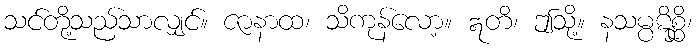
သင်တို့သည်သာလျှင်။ ဇာနာထ၊ သိကုန်လော့။ ဣတိ၊ ဤသို့။ နသမ္ပဋိစ္ဆိ၊